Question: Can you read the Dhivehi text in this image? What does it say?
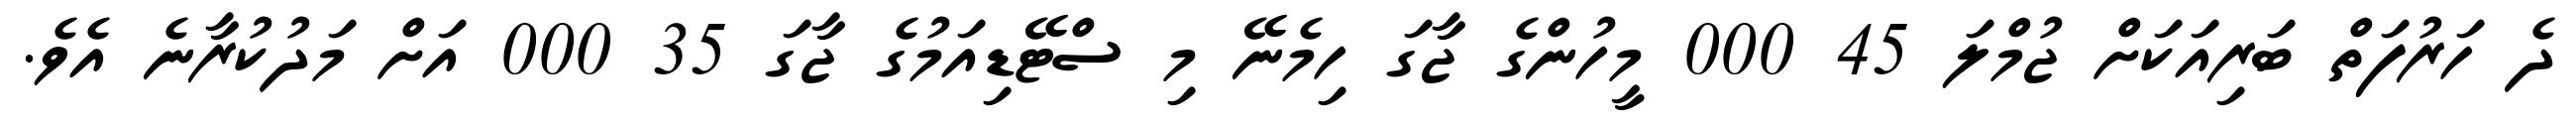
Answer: ދެ ހަރުފަތް ބަރިއަކަށް ޖުމްލަ 45 000 މީހުންގެ ޖާގަ ހިމެނޭ މި ސްޓޭޑިއަމުގެ ޖާގަ 35 000 އަށް މަދުކުރާނެ އެވެ.